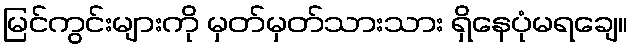
မြင်ကွင်းများကို မှတ်မှတ်သားသား ရှိနေပုံမရချေ။